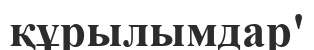
құрылымдар'